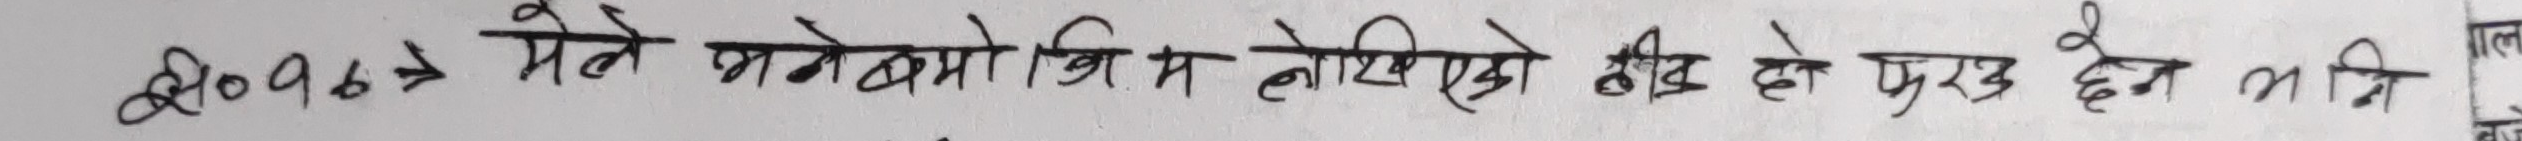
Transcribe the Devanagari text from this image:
सि०९७७० मे ले भगेक्रोक्तिभित लेखिएको बिही हो पुरूद्ध देन मनि